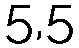
5,5